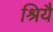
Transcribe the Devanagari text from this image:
श्रियै